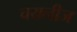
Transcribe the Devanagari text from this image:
चयनीज